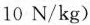
10N/kg)